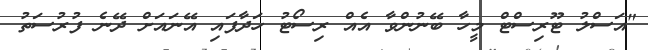
"އަސްލު ޓޫރިސްޓް މީހާ ބޭނުންވާ އެއް ރިސޯޓު ހަދާފައި އޭނައަށް ދޭނެ ފުރުސަތު